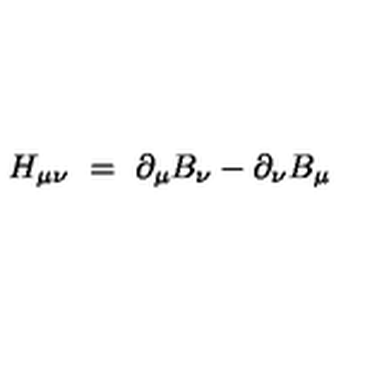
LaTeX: H _ { \mu \nu } \ = \ \partial _ { \mu } B _ { \nu } - \partial _ { \nu } B _ { \mu }